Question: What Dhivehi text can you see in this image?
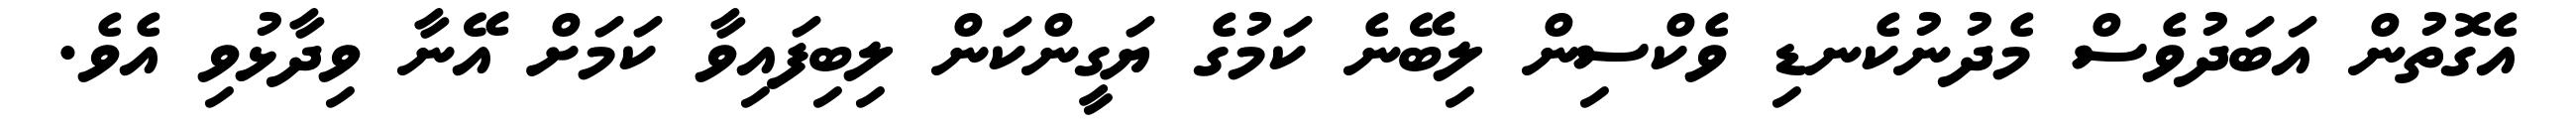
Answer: އެގޮތުން އަބަދުވެސް މެދުނުކެނޑި ވެކްސިން ލިބޭނެ ކަމުގެ ޔަގީންކަން ލިބިފައިވާ ކަމަށް އޭނާ ވިދާޅުވި އެވެ.